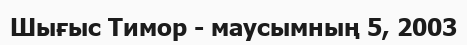
Шығыс Тимор - маусымның 5, 2003